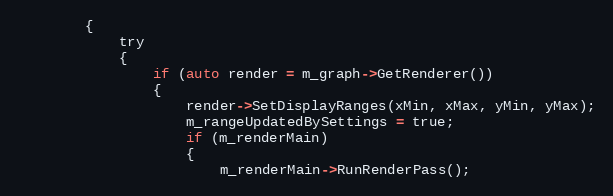
Language: C
        {
            try
            {
                if (auto render = m_graph->GetRenderer())
                {
                    render->SetDisplayRanges(xMin, xMax, yMin, yMax);
                    m_rangeUpdatedBySettings = true;
                    if (m_renderMain)
                    {
                        m_renderMain->RunRenderPass();